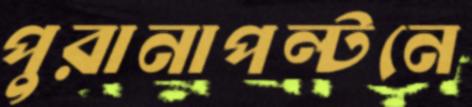
পুরানাপল্টনে